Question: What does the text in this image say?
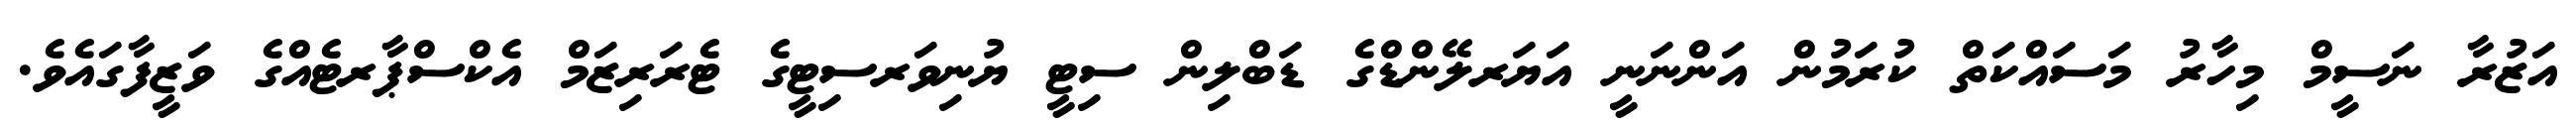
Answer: އަޒުރާ ނަސީމް މިހާރު މަސައްކަތް ކުރަމުން އަންނަނީ އަޔަރލޭންޑްގެ ޑަބްލިން ސިޓީ ޔުނިވަރސިޓީގެ ޓެރަރިޒަމް އެކްސްޕާރޓެއްގެ ވަޒީފާގައެވެ.